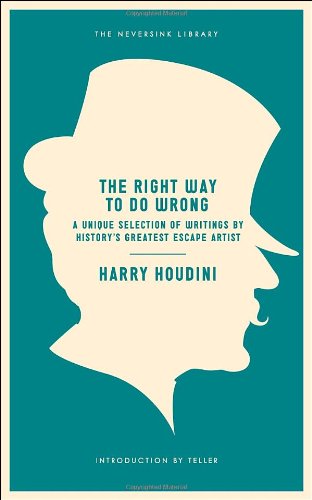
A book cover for The Right Way to Do Wrong: A Unique Selection of Writings by History's Greatest Escape Artist (Neversink); Harry Houdini; Humor & Entertainment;